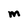
Character: M